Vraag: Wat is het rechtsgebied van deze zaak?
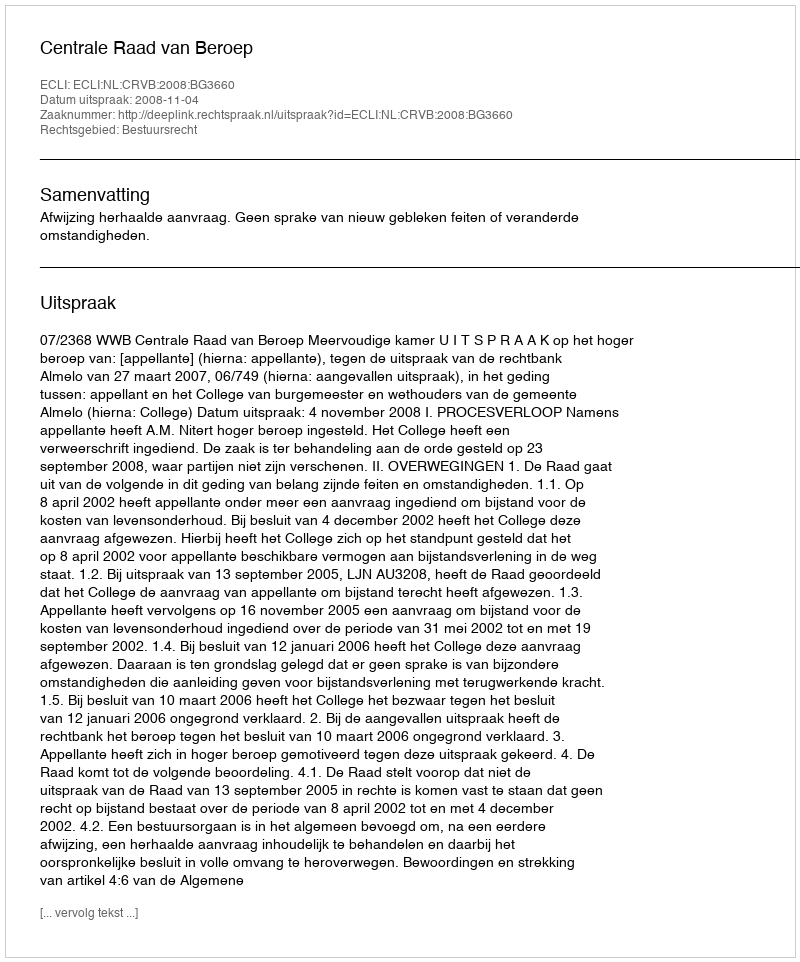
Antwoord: Bestuursrecht